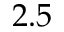
2 . 5